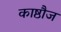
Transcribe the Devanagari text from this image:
काष्ठौज